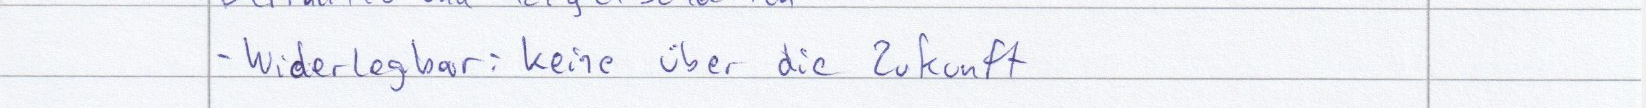
- Widerlegbar: keine über die Zukunft